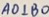
A O \bot B O